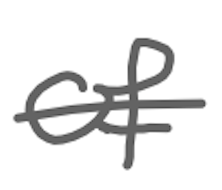
Text: of
Cross-out: single-line
Writing tool: digital_gray